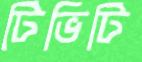
টিভিটি